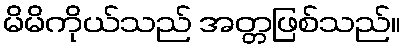
မိမိကိုယ်သည် အတ္တဖြစ်သည်။